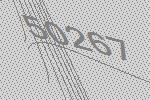
50267